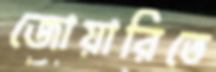
জোয়ারিতে